Scottish Certificate of Education, 1962
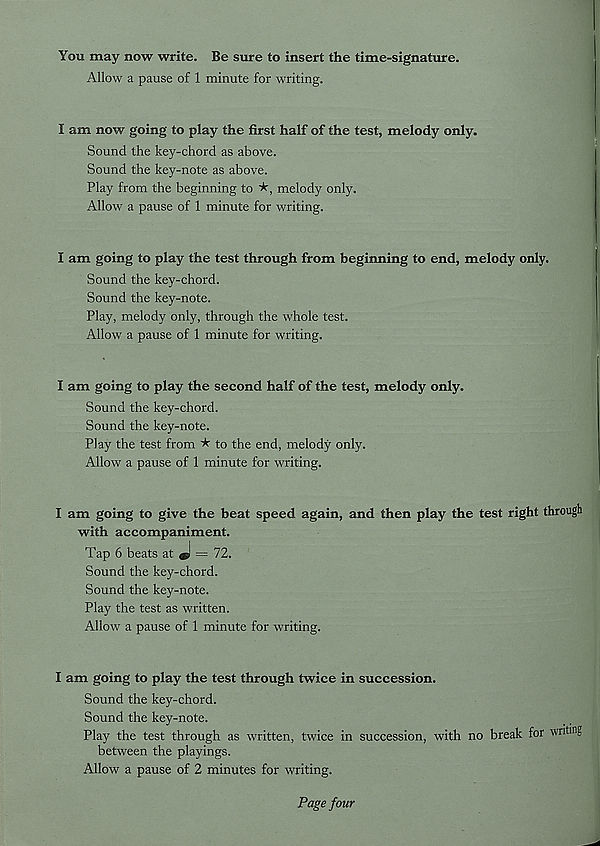
You may now write. Be sure to insert the time-signature.
Allow a pause of 1 minute for writing.
I am now going to play the first half of the test, melody only.
Sound the key-chord as above.
Sound the key-note as above.
Play from the beginning to
melody only.
Allow a pause of 1 minute for writing.
I am going to play the test through from beginning to end, melody only.
Sound the key-chord.
Sound the key-note.
Play, melody only, through the whole test.
Allow a pause of 1 minute for writing.
I am going to play the second half of the test, melody only.
Sound the key-chord.
Sound the key-note.
Play the test from ★ to the end, melody only.
Allow a pause of 1 minute for writing.
I am going to give the beat speed again, and then play the test right through
with accompaniment.
Tap 6 beats at J = 72.
Sound the key-chord.
Sound the key-note.
Play the test as written.
Allow a pause of 1 minute for writing.
I am going to play the test through twice in succession.
Sound the key-chord.
Sound the key-note.
Play the test through as written, twice in succession, with no break for writing
between the playings.
Allow a pause of 2 minutes for writing.
Page four